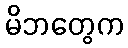
မိဘတွေက